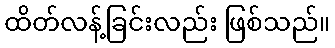
ထိတ်လန့်ခြင်းလည်း ဖြစ်သည်။